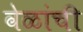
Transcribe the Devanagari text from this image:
वेळांची